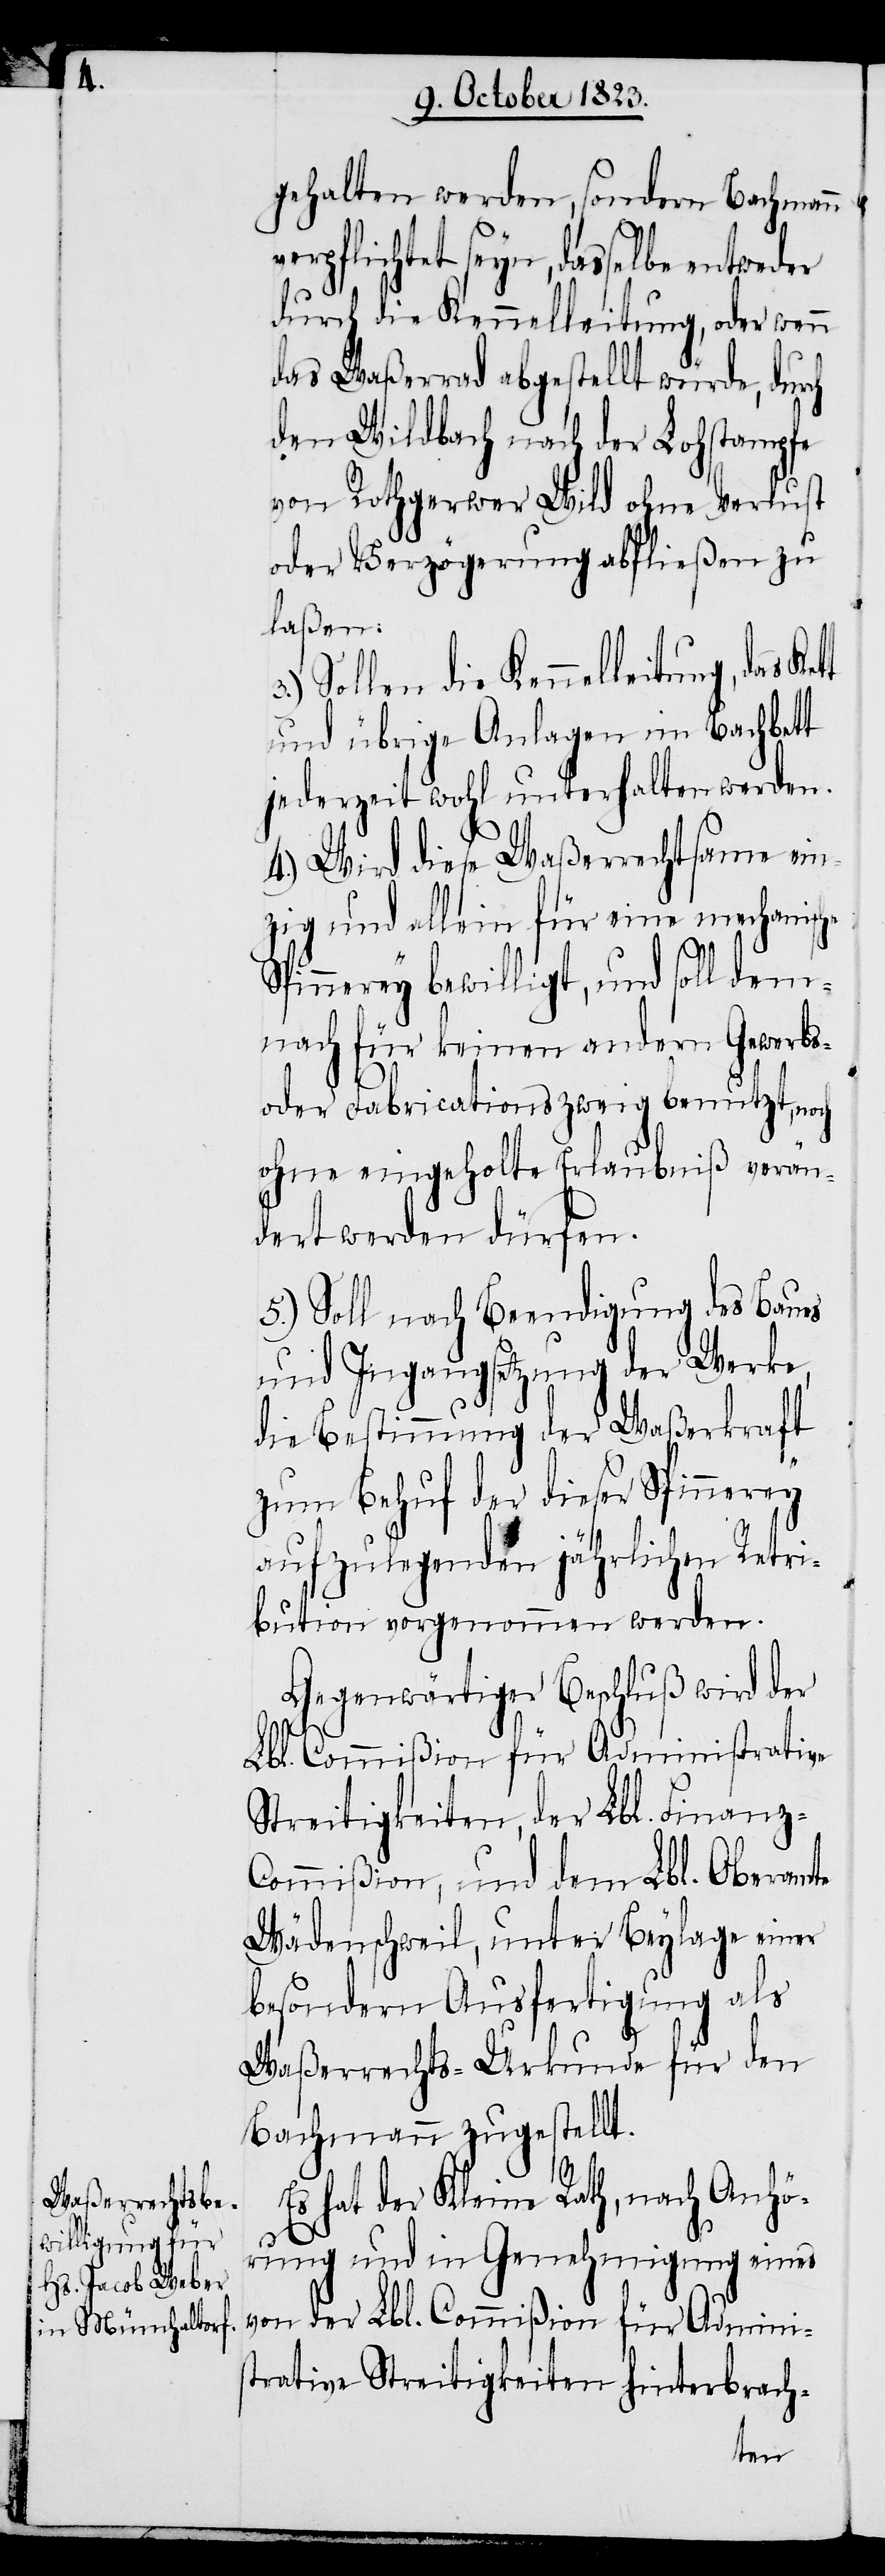
gehalten werden, sondern Bachmann
verpflichtet seyn, dasselbe
len die Kennelleitung, das Kett
das Waßerrad abgestellt würde, durch
den Wildbach nach der Lohstampfe
von Rothgerwer Wild ohne Verlust
oder Verzögerung abfließen zu
laßen.
und übrige Anlagen im Bachbett
jederzeit wohl unterhalten werden.
4.) Wird diese Waßerrechtsame ein¬
zig und allein für eine mechanische
3.)
Spinnerey bewilligt, und soll dem¬
nach für keinen andern Gewerbs-
oder Fabricationszweig benutzt, n¬
ohne eingeholte Erlaubniß verän¬
dert werden dürfen.
5.) Soll nach Beendigung des Baues
und Ingangsetzung der Werke,
die Bestimmung der Waßerkraft
zum Behuf der dieser Spinnerey
aufzulegenden jährlichen Retri¬
bution vorgenommen werden.
Gegenwärtiger Beschluß wird der
och
Lbl. Commißion für Administrative
Streitigkeiten, der Lbl. Finanz-C¬
ommißion, und dem Lbl. Oberamte
Wädenschweil, unter Beylage einer
besondern Ausfertigung als
Waßerrechts-Urkunde für den
Bachmann zugestellt.
Es hat der Kleine Rath, nach Anhö¬
rung und in Genehmigung eines
von der Lbl. Commißion für Adminis¬
trative Streitigkeiten hinterbrach-